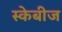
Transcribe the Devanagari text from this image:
स्केबीज